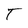
Character: T